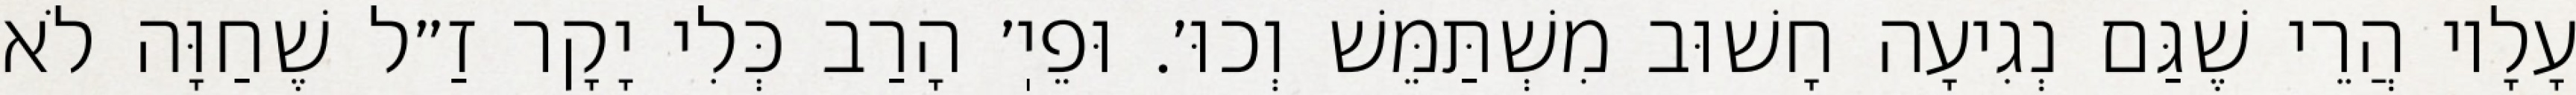
עָלָיו הֲרֵי שֶׁגַּם נְגִיעָה חָשׁוּב מִשְׁתַּמֵּשׁ וְכוּ׳. וּפֵיֽ׳ הָרַב כְּלִי יָקָר זַ״ל שֶׁחַוָּה לֹא